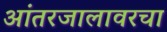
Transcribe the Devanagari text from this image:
आंतरजालावरचा